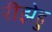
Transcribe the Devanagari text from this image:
रीझेहु